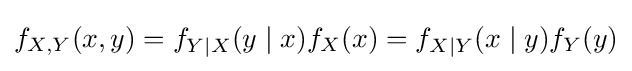
f_{X,Y}(x,y)=f_{Y\mid X}(y\mid x)f_{X}(x)=f_{X\mid Y}(x\mid y)f_{Y}(y)